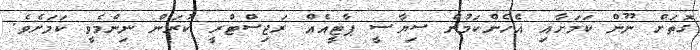
ގޮތަށް ނޫން ކަމަށާއި އެހެންކަމުން ސިޔާސީ ޕާޓީއެއް ރަޖިސްޓްރީ ކުރަން ނިންމެވީ ކަމަށެވެ.